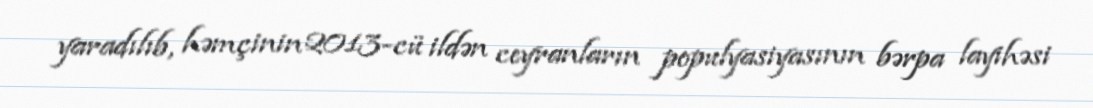
yaradılıb, həmçinin 2013-cü ildən ceyranların populyasiyasının bərpa layihəsi